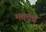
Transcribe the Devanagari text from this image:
मक्तूब